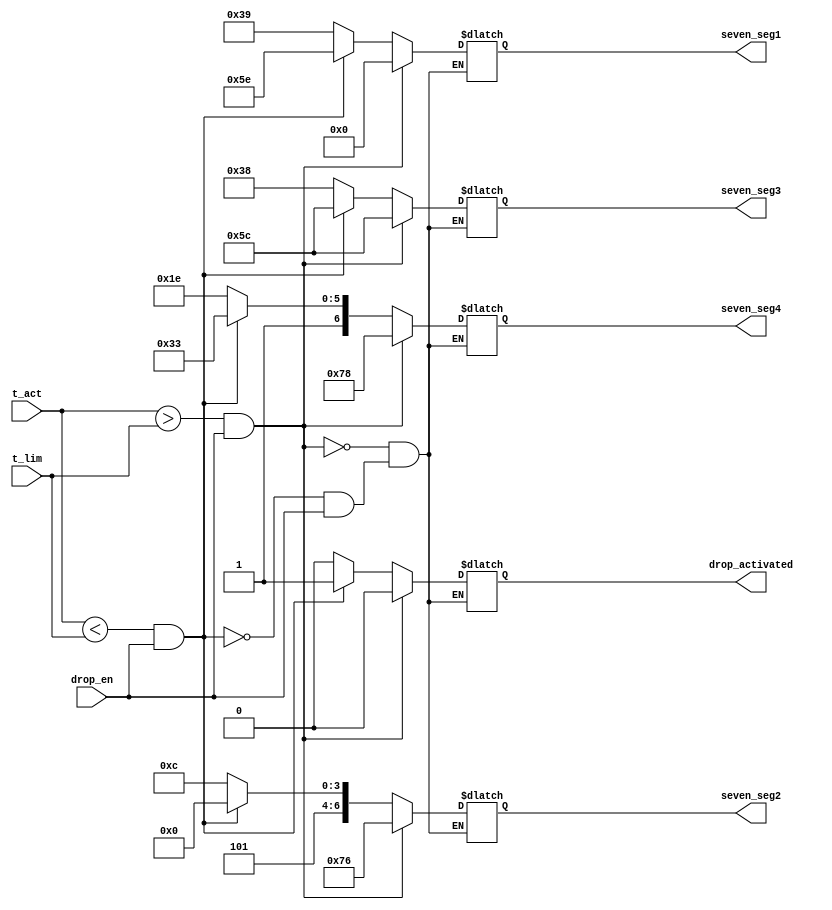
// Modulul display_and_drop - afisarea unui mesaj prin 
// intermediul 7 segmente controlabile individual

`timescale 1ns / 1ps

module display_and_drop (
    output   [6 : 0]   seven_seg1, 
    output   [6 : 0]   seven_seg2,
    output   [6 : 0]   seven_seg3,
    output   [6 : 0]   seven_seg4,
    output   [0 : 0]   drop_activated,
    input    [15: 0]   t_act,
    input    [15: 0]   t_lim,
    input              drop_en);
	 
	 reg [6:0] seven_seg1_reg;
	 reg [6:0] seven_seg2_reg;
	 reg [6:0] seven_seg3_reg;
	 reg [6:0] seven_seg4_reg;
	 
	 reg [0:0] is_activated;
	 
	 always @(*) begin
		if (drop_en == 0) begin
			// CoLd
			seven_seg1_reg = 7'b011_1001; // C
			seven_seg2_reg = 7'b101_1100; // o
			seven_seg3_reg = 7'b011_1000; // L
			seven_seg4_reg = 7'b101_1110; // d
			is_activated = 0;
		end
				
		if ((t_act < t_lim) && (drop_en == 1)) begin
			// droP
			seven_seg1_reg = 7'b101_1110; // d
			seven_seg2_reg = 7'b101_0000; // r
			seven_seg3_reg = 7'b101_1100; // o
			seven_seg4_reg = 7'b111_0011; // P
			is_activated = 1;
		end
		
		if ((t_act > t_lim) && (drop_en == 1)) begin
			// Hot
			seven_seg1_reg = 7'b000_0000;
			seven_seg2_reg = 7'b111_0110; // H
			seven_seg3_reg = 7'b101_1100; // o
			seven_seg4_reg = 7'b111_1000; // t			
			is_activated = 0;
		end
	 end
	 
	 assign seven_seg1 = seven_seg1_reg;
	 assign seven_seg2 = seven_seg2_reg;
	 assign seven_seg3 = seven_seg3_reg;
	 assign seven_seg4 = seven_seg4_reg;
	 
	 assign drop_activated = is_activated;

endmodule